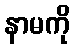
နာမကို